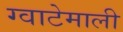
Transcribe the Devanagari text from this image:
ग्वाटेमाली